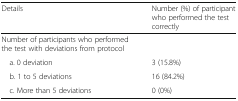
| Details | Number (%) of participant who performed the test correctly |
 | --- | --- |
 | Number of participants who performed the test with deviations from protocol |  |
 | a. 0 deviation | 3 (15.8%) |
 | b. 1 to 5 deviations | 16 (84.2%) |
 | c. More than 5 deviations | 0 (0%) |